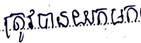
ត្រូវបានយកមក